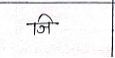
मजकूर: जि